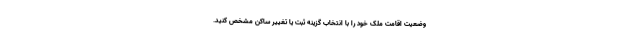
وضعیت اقامت ملک خود را با انتخاب گزینه ثبت یا تغییر ساکن مشخص کنید.